Aleksander_Warma, lk 12
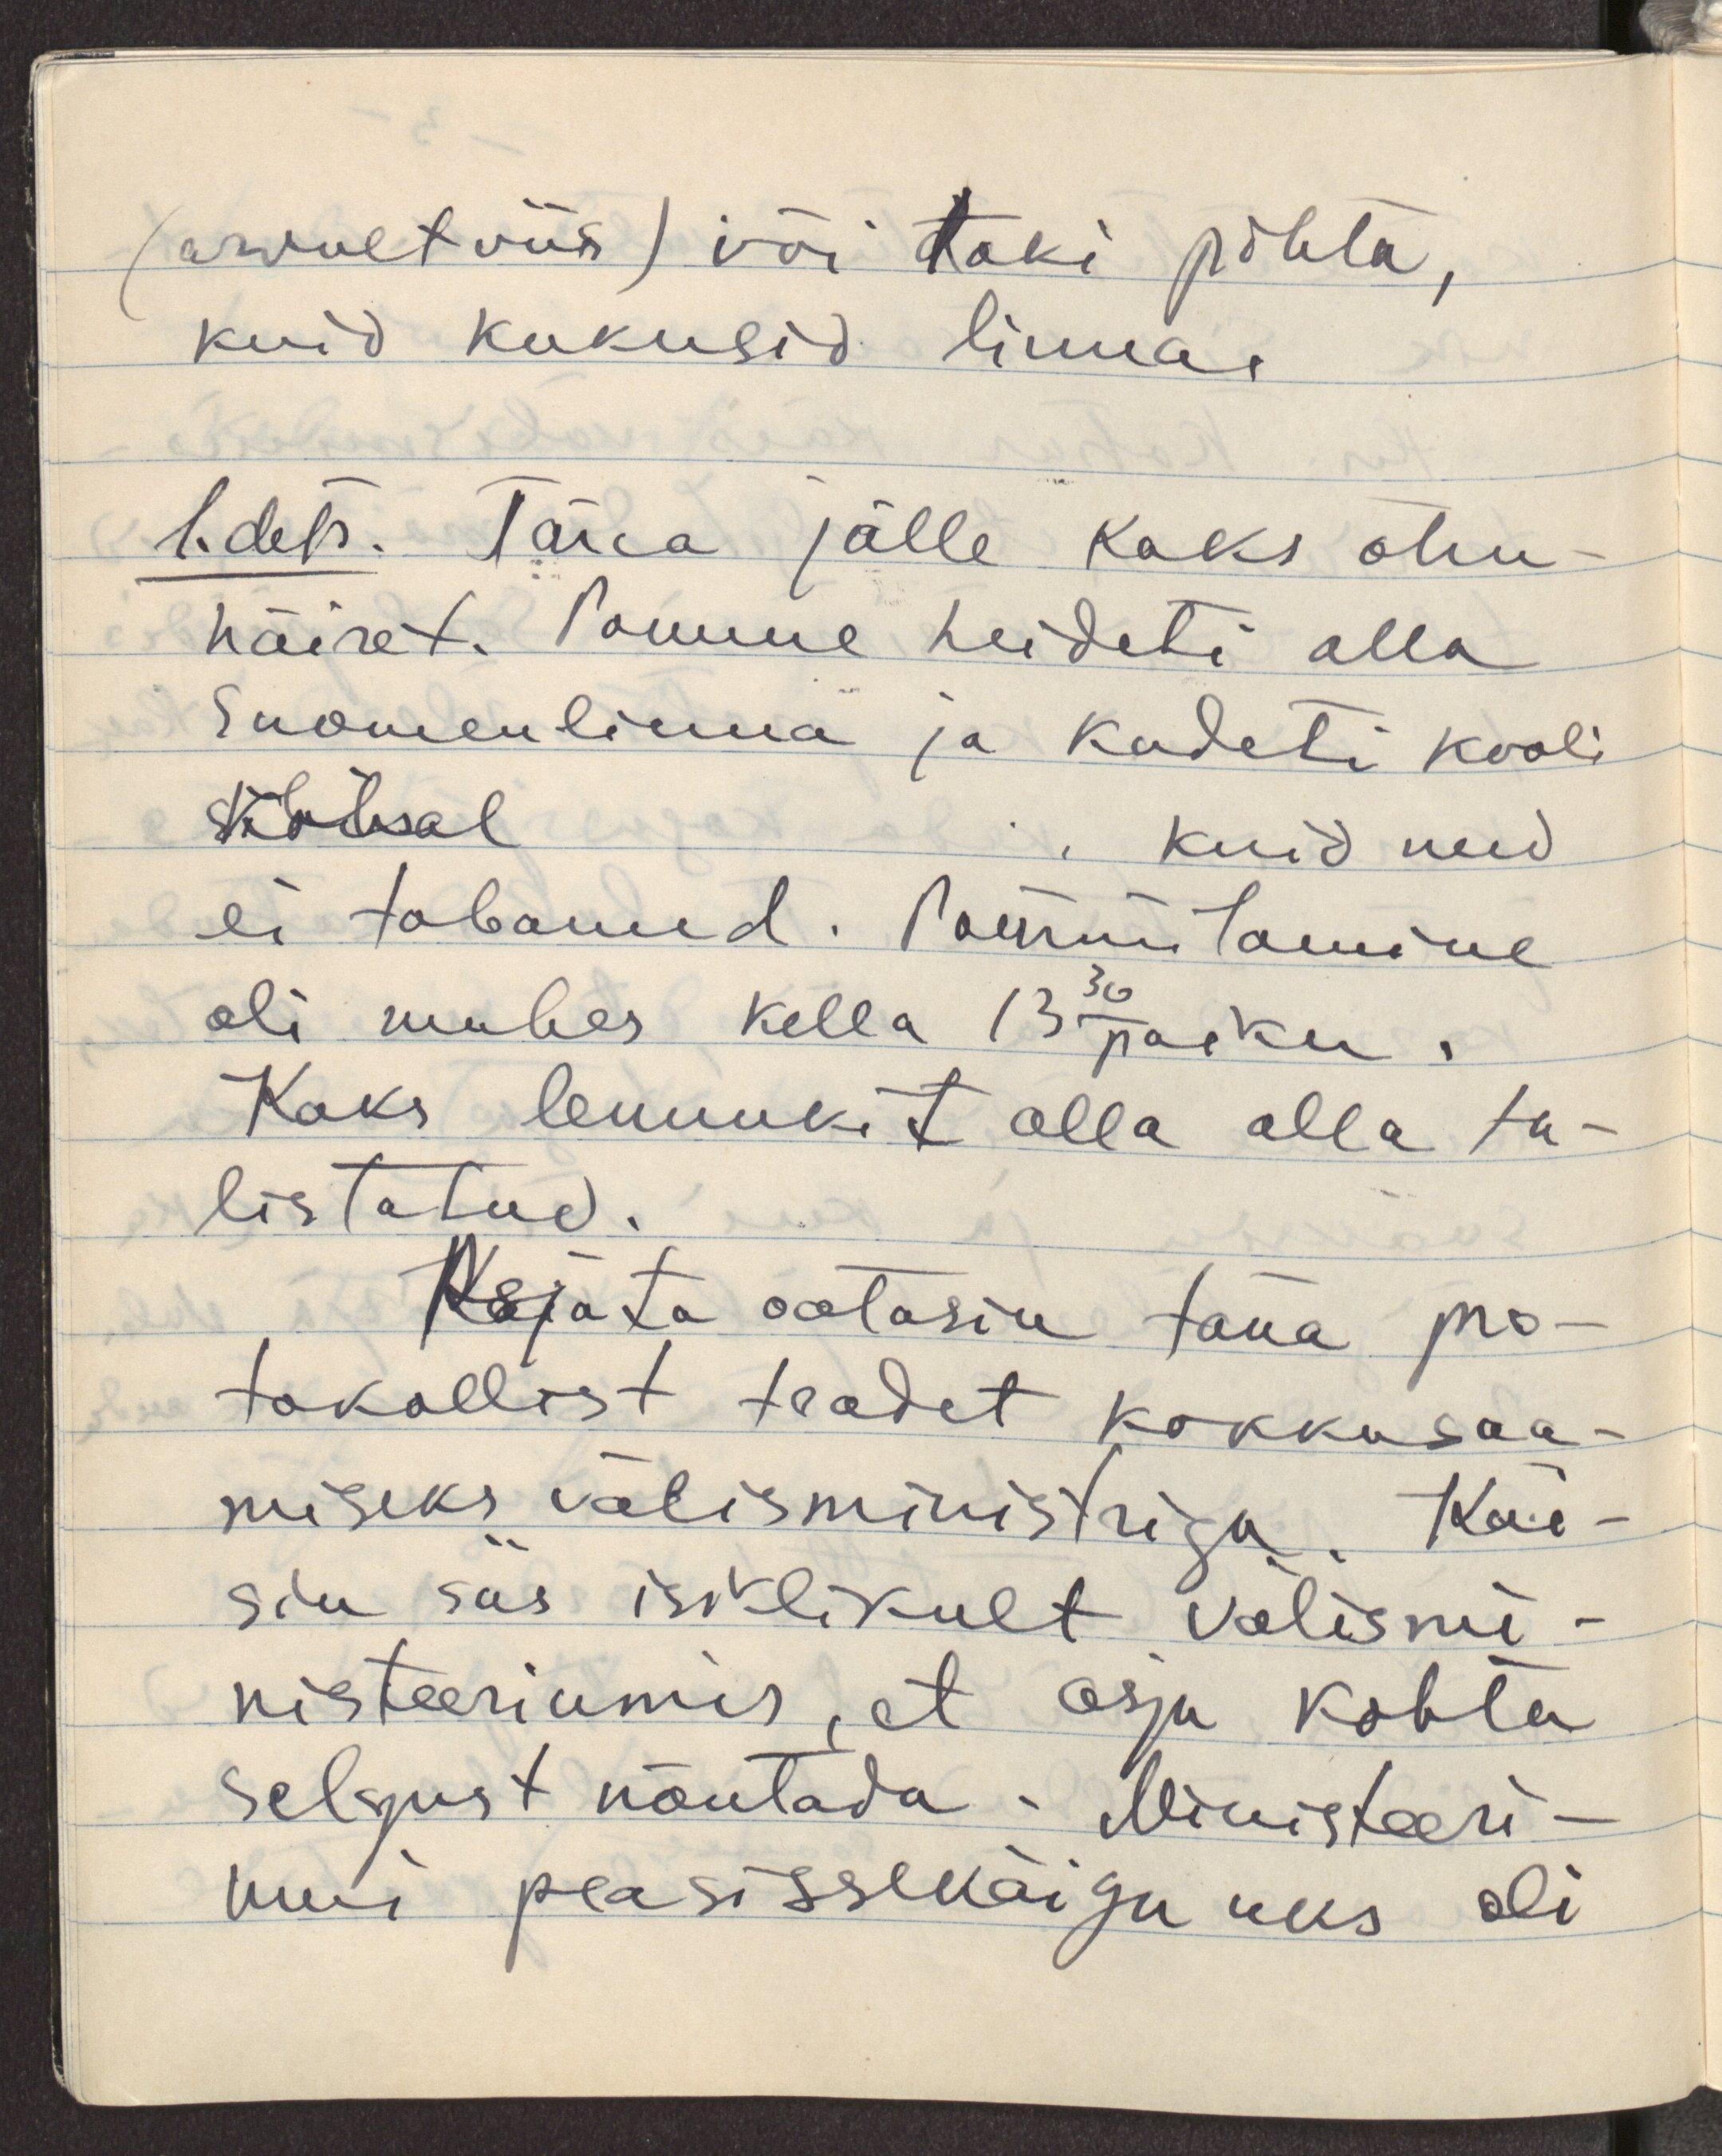
(arvult viis) või doki pihta,
kuid kukusid linna.
1. dets. Täna jälle kaks õhu-
häiret. Pomme heideti alla
Suomenlinna ja kadeti kooli
kohal, kuid need
ei tabanud. Pommitamine
oli umbes kella 13.30 paiku.
Kaks lennikut olla alla tu-
listatud.
Asjata ootasin täna pro-
tokollist teadet kokkusaa-
miseks välisministriga. Käi-
sin siis isiklikult välismi-
nisteeriumis, et asja kohta
selgust nõutada. Ministeeri-
umi peasissekäigu uks oli